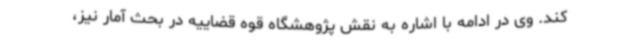
کند. وی در ادامه با اشاره به نقش پژوهشگاه قوه قضاییه در بحث آمار نیز،